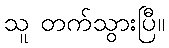
သူ တက်သွားပြီ။